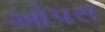
ઓપસ